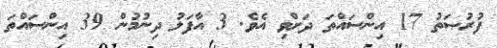
ފުރުޞަތު 17 އިންސައްތަ ދަށްވި އެވެ. 3 އާފަލު ދިނުމުން 39 އިންސައްތަ